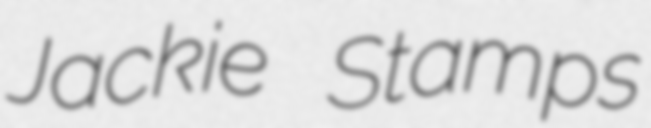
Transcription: Jackie Stamps